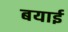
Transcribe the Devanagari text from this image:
बयाई